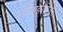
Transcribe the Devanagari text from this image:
एंटीपाइरेटिक्स